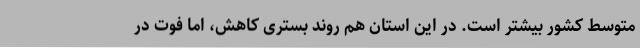
متوسط کشور بیشتر است. در این استان هم روند بستری کاهش، اما فوت در